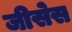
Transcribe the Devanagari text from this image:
जीसेस